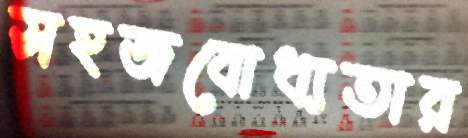
সহজবোধ্যতার